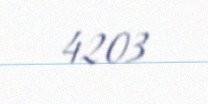
4203